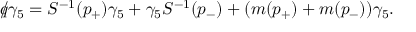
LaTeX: { \rlap / q } \gamma _ { 5 } = S ^ { - 1 } ( p _ { + } ) \gamma _ { 5 } + \gamma _ { 5 } S ^ { - 1 } ( p _ { - } ) + ( m ( p _ { + } ) + m ( p _ { - } ) ) \gamma _ { 5 } .